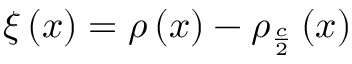
\xi \left( x \right) = \rho \left( x \right) - \rho _ { \frac { c } { 2 } } \left( x \right)